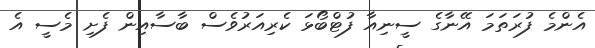
އެންމެ ފުރަތަމަ އޭނާގެ ސީނިއާ ފުޓްބޯޅަ ކެރިއަރުވެސް ބާސާއިން ފެށި މެސީ އެ